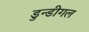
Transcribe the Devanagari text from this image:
डुन्डीगल